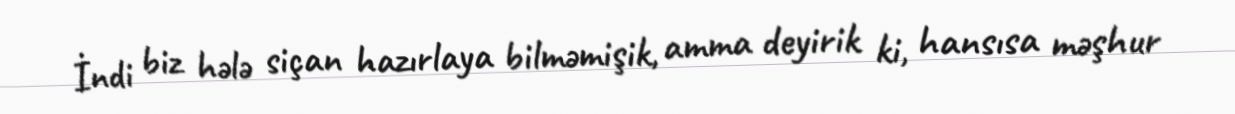
İndi biz hələ siçan hazırlaya bilməmişik, amma deyirik ki, hansısa məşhur